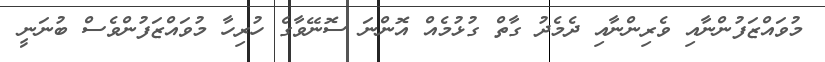
މުވައްޒަފުންނާއި ވެރިންނާއި ދެމެދު ގާތް ގުޅުމެއް އޮންނަ ސޮނޭވާގެ ހުރިހާ މުވައްޒަފުންވެސް ބުނަނީ